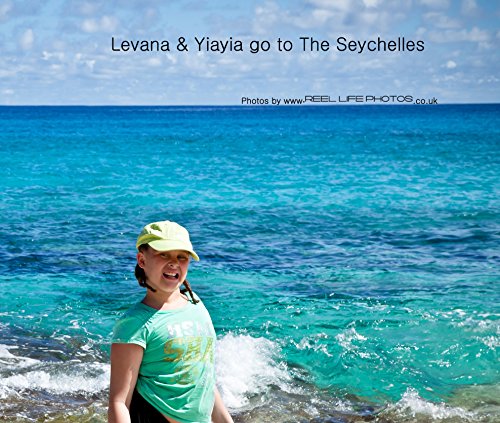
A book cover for Levana & Yiayia go to The Seychelles; text by Levana. Photos by Reel Life Photos; Travel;